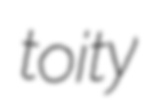
toity